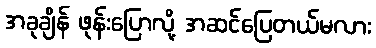
အခုချိန် ဖုန်းပြောလို့ အဆင်ပြေတယ်မလား